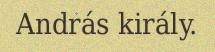
András király.